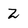
Character: Z